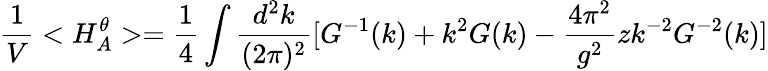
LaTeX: \frac{1}{V}<H_{A}^{\theta}>=\frac{1}{4}\int\frac{d^{2}k}{(2\pi)^{2}}[G^{-1}(k)+k^{2}G(k)-\frac{4\pi^{2}}{g^{2}}zk^{-2}G^{-2}(k)]